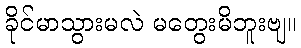
ခိုင်မာသွားမလဲ မတွေးမိဘူးဗျ။